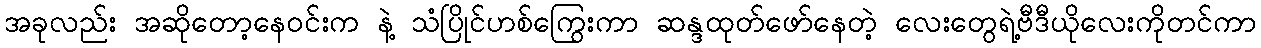
အခုလည်း အဆိုတော့နေဝင်းက နဲ့ သံပြိုင်ဟစ်ကြွေးကာ ဆန္ဒထုတ်ဖော်နေတဲ့ လေးတွေရဲ့ဗီဒီယိုလေးကိုတင်ကာ